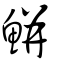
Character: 鮩